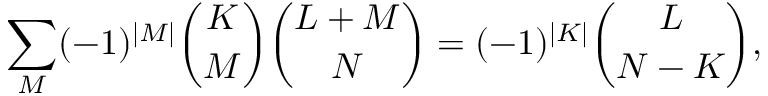
\sum _ { M } ( - 1 ) ^ { | M | } { \binom { K } { M } } { \binom { L + M } { N } } = ( - 1 ) ^ { | K | } { \binom { L } { N - K } } ,